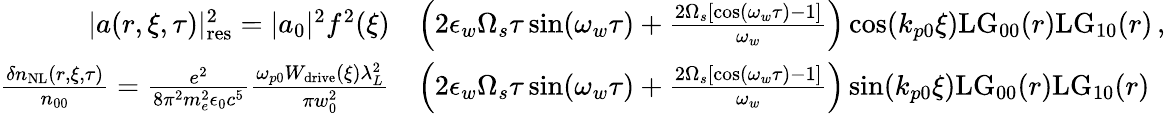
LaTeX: \begin{array}{rl}{|a(r,\xi,\tau)|_{\mathrm{res}}^{2}=|a_{0}|^{2}f^{2}(\xi)}&{\left(2\epsilon_{w}\Omega_{s}\tau\sin(\omega_{w}\tau)+\frac{2\Omega_{s}\left[\cos(\omega_{w}\tau)-1\right]}{\omega_{w}}\right)\cos(k_{p0}\xi)\mathrm{LG}_{00}(r)\mathrm{LG}_{10}(r)\, ,}\\ {\frac{\delta n_{\mathrm{NL}}(r,\xi,\tau)}{n_{00}}=\frac{e^{2}}{8\pi^{2}m_{e}^{2}\epsilon_{0}c^{5}}\frac{\omega_{p0}W_{\mathrm{drive}}(\xi)\lambda_{L}^{2}}{\pi w_{0}^{2}}}&{\left(2\epsilon_{w}\Omega_{s}\tau\sin(\omega_{w}\tau)+\frac{2\Omega_{s}\left[\cos(\omega_{w}\tau)-1\right]}{\omega_{w}}\right)\sin(k_{p0}\xi)\mathrm{LG}_{00}(r)\mathrm{LG}_{10}(r)}\end{array}